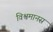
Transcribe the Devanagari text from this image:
विश्वमानस